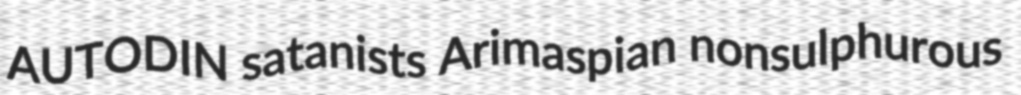
AUTODIN satanists Arimaspian nonsulphurous